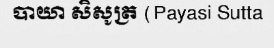
បាយា សិសូត្រ (Payasi Sutta